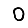
Digit: 0